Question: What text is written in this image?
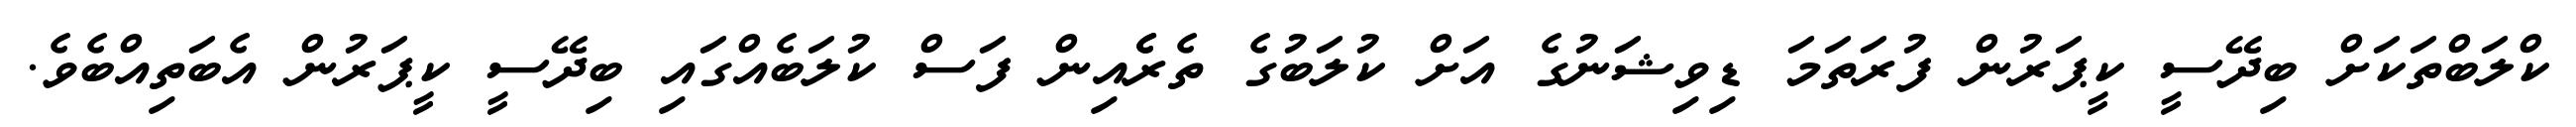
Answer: ކްލަބްތަކަށް ބިދޭސީ ކީޕަރުން ފުރަތަމަ ޑިވިޝަނުގެ އަށް ކުލަބުގެ ތެރެެއިން ފަސް ކުލަބެއްގައި ބިދޭސީ ކީޕަރުން އެބަތިއްބެވެ.